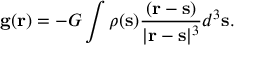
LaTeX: \mathbf { g } ( \mathbf { r } ) = - G \int \rho ( \mathbf { s } ) { \frac { ( \mathbf { r } - \mathbf { s } ) } { | \mathbf { r } - \mathbf { s } | ^ { 3 } } } d ^ { 3 } \mathbf { s } .